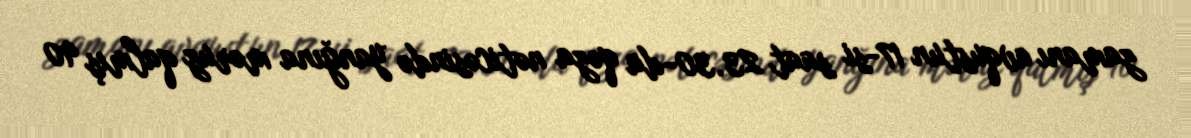
zamanı avqustun 17-si saat 23.30-da qəza nəticəsində yanğına məruz qalmış 90